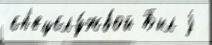
сп'ецслу́жбой Был j